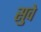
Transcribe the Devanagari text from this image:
सुवे